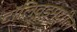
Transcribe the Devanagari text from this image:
टॉलिवूडमधील